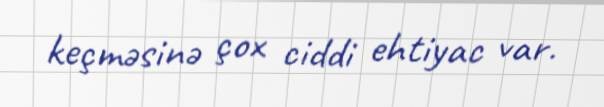
keçməsinə çox ciddi ehtiyac var.